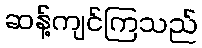
ဆန့်ကျင်ကြသည်